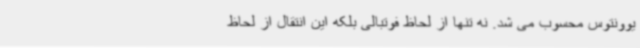
یوونتوس محسوب می شد. نه تنها از لحاظ فوتبالی بلکه این انتقال از لحاظ